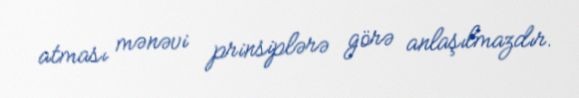
atması mənəvi prinsiplərə görə anlaşılmazdır.